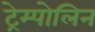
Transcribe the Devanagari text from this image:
ट्रेम्पोलिन